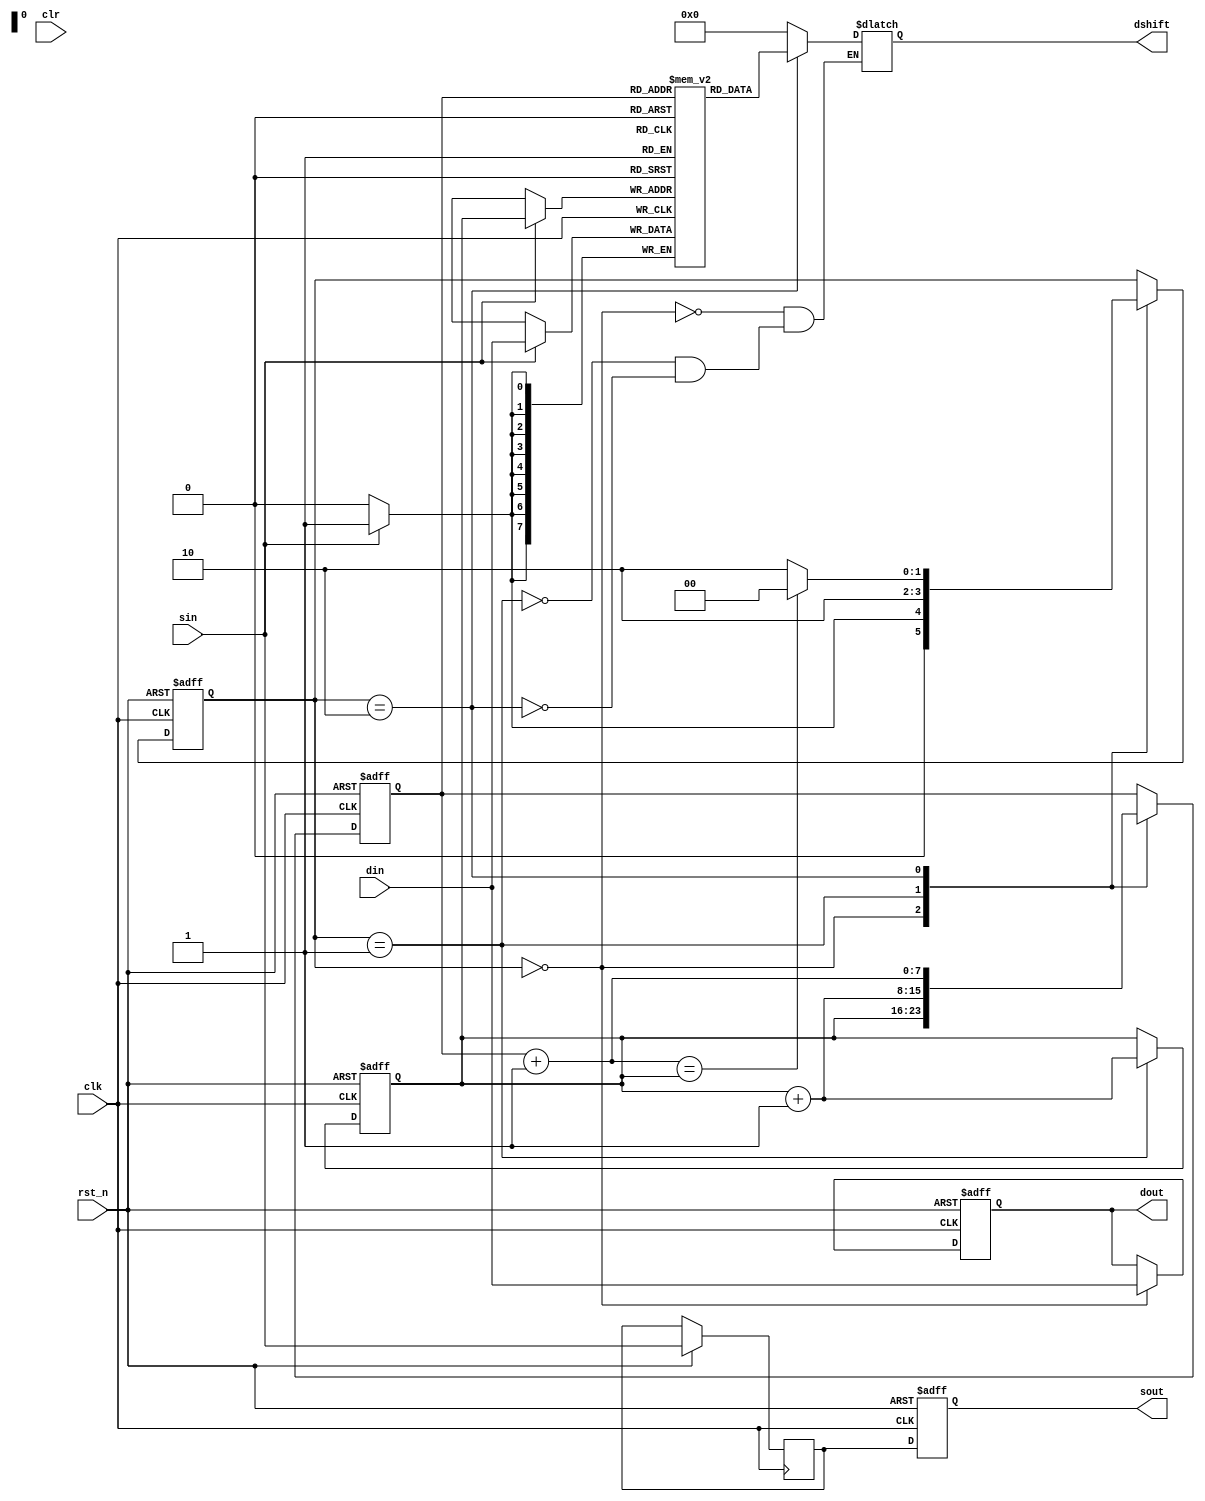
//Lai Yongtian 2018-4-3

//`define WIDTHofADDR 8

module shiftRam8_256 (
  clk,    //
  rst_n,  //
  
  clr,    //useless, hahaha
  
  din,    //data input
  sin,    //sync signal input
  
  dout,   // data output, (delay of din)
  dshift, // shift data output
  sout    // sync signal output
  );
input clk;
input rst_n;
input clr;

input [7:0] din; 
input sin;          //sample time,

output reg [7:0] dout, dshift;
output reg sout;  //sample time,
reg sout_r1;

(* ramstyle = "M9K" *) reg [7:0] ram[2**8-1:0];
reg [8-1:0] baseAddr, shiftAddr;
wire [7:0] data;

reg		[1:0]state;
parameter Swait = 0, Sshift = 1, Sout = 2;

//init the RAM
integer i;
initial
begin
	for(i=0;i<2**8;i=i+1)
		ram[i] <= 8'd0;
end

always @ ( posedge clk)
    if(sin)
      ram[baseAddr] <= din;
      
assign data = ram[shiftAddr];
 
//state shift
always @ ( posedge clk or negedge rst_n )
if( !rst_n )
  state <= Swait;
else
  case (state)
   Swait: if(sin) state <= Sshift;
          else state <= Swait;
   Sshift: state <= Sout;
   //Stop judge
   Sout : if(shiftAddr + 8'd1 == baseAddr) state <= Swait;
          else state <= Sout;
   endcase

//combine: dshift
always @ (state or data)
  case (state)
   Swait:   dshift <= 8'd0;
   Sshift:  dshift <= 8'd0;
   Sout :   dshift <= data;
  endcase

//combine: Address  
always @ ( posedge clk or negedge rst_n )
if( !rst_n )
begin
  baseAddr <= 8'd0;
  shiftAddr <= 8'd0;
end
else
  case (state)
   Swait: begin baseAddr <= baseAddr; shiftAddr <= baseAddr; end
   Sshift: begin baseAddr <= baseAddr + 8'd1; shiftAddr <=  baseAddr + 8'd1;end
   Sout : begin baseAddr <= baseAddr; shiftAddr <= shiftAddr + 8'd1;end
   endcase

//  combine: data out
always @ ( posedge clk or negedge rst_n )
if( !rst_n )
  dout <= 8'd0;
else
  case (state)
   Swait:   dout <= din;
   Sshift:  dout <= dout;
   Sout:    dout <= dout;
  endcase
   
// signal out: wait 2 phase to sync the wire dout
always @ ( posedge clk or negedge rst_n )
	if( !rst_n )
	  sout <= 0;
	else
  begin
	  sout_r1 <= sin;
	  sout <= sout_r1;
  end
endmodule